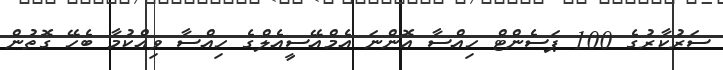
ސަރުކާރުގެ 100 ޕަސެންޓް ހިއްސާ އޮންނަ އެމްއޭސީއެލްގެ ހިއްސާ ވިއްކުމާ ބެހޭ ގޮތުން